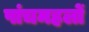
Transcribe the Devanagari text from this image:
पांचमहलों